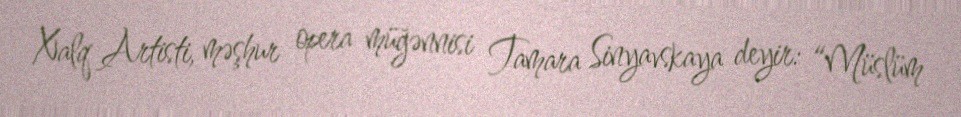
Xalq Artisti, məşhur opera müğənnisi Tamara Sinyavskaya deyir: “Müslüm